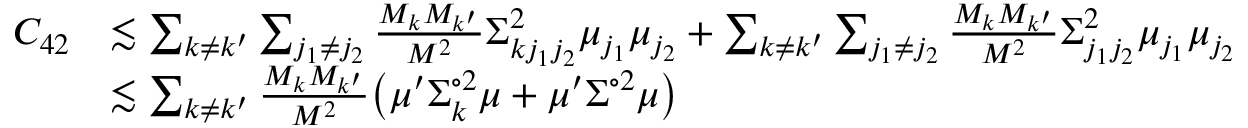
\begin{array} { r l } { C _ { 4 2 } } & { \lesssim \sum _ { k \neq k ^ { \prime } } \sum _ { j _ { 1 } \neq j _ { 2 } } \frac { M _ { k } M _ { k ^ { \prime } } } { M ^ { 2 } } \Sigma _ { k j _ { 1 } j _ { 2 } } ^ { 2 } \mu _ { j _ { 1 } } \mu _ { j _ { 2 } } + \sum _ { k \neq k ^ { \prime } } \sum _ { j _ { 1 } \neq j _ { 2 } } \frac { M _ { k } M _ { k ^ { \prime } } } { M ^ { 2 } } \Sigma _ { j _ { 1 } j _ { 2 } } ^ { 2 } \mu _ { j _ { 1 } } \mu _ { j _ { 2 } } } \\ & { \lesssim \sum _ { k \neq k ^ { \prime } } \frac { M _ { k } M _ { k ^ { \prime } } } { M ^ { 2 } } \big ( \mu ^ { \prime } \Sigma _ { k } ^ { \circ 2 } \mu + \mu ^ { \prime } \Sigma ^ { \circ 2 } \mu \big ) } \end{array}